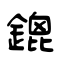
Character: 鎞